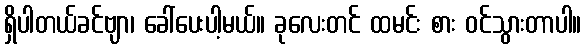
ရှိပါတယ်ခင်ဗျာ၊ ခေါ်ပေးပါ့မယ်။ ခုလေးတင် ထမင်း စား ဝင်သွားတာပါ။